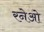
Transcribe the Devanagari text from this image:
रनेओ